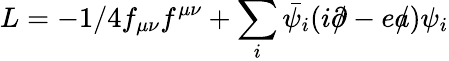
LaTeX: L=-1/4f_{\mu\nu}f^{\mu\nu}+\sum_{i}\bar{\psi_{i}}(i\partial\! \! \! /-ea\! \! \! /)\psi_{i}